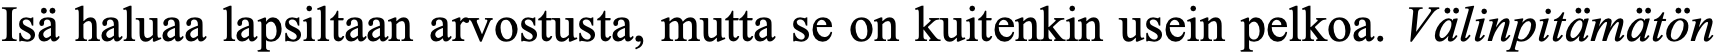
Isä haluaa lapsiltaan arvostusta, mutta se on kuitenkin usein pelkoa. Välinpitämätön